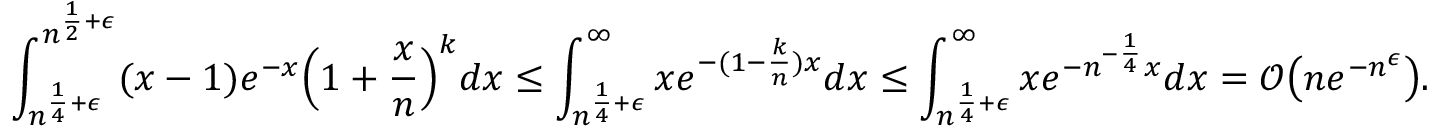
\int _ { n ^ { \frac { 1 } { 4 } + \epsilon } } ^ { n ^ { \frac { 1 } { 2 } + \epsilon } } ( x - 1 ) e ^ { - x } \Big ( 1 + \frac { x } { n } \Big ) ^ { k } d x \le \int _ { n ^ { \frac { 1 } { 4 } + \epsilon } } ^ { \infty } x e ^ { - ( 1 - \frac { k } { n } ) x } d x \le \int _ { n ^ { \frac { 1 } { 4 } + \epsilon } } ^ { \infty } x e ^ { - n ^ { - \frac { 1 } { 4 } } x } d x = \mathcal { O } \big ( n e ^ { - n ^ { \epsilon } } \big ) .